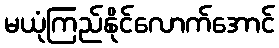
မယုံကြည်နိုင်လောက်အောင်